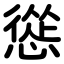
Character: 慫